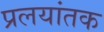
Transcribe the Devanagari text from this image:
प्रलयांतक